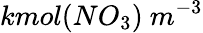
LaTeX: kmol(NO_{3})\ m^{-3}